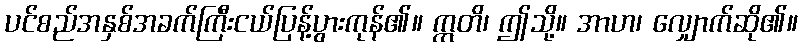
ပင်စည်အနှစ်အခက်ကြီးငယ်ပြန့်ပွားကုန်၏။ ဣတိ၊ ဤသို့။ အာဟ၊ လျှောက်ဆို၏။